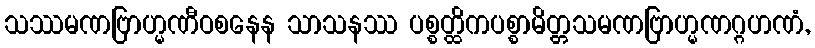
သဿမဏဗြာဟ္မဏီဝစနေန သာသနဿ ပစ္စတ္ထိကပစ္စာမိတ္တသမဏဗြာဟ္မဏဂ္ဂဟဏံ,